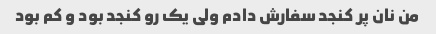
من نان پر کنجد سفارش دادم ولی یک رو کنجد بود و کم بود